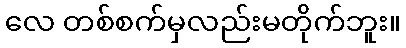
လေ တစ်စက်မှလည်းမတိုက်ဘူး။